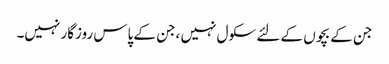
جن کے بچوں کے لئے سکول نہیں ،جن کے پاس روزگار نہیں۔